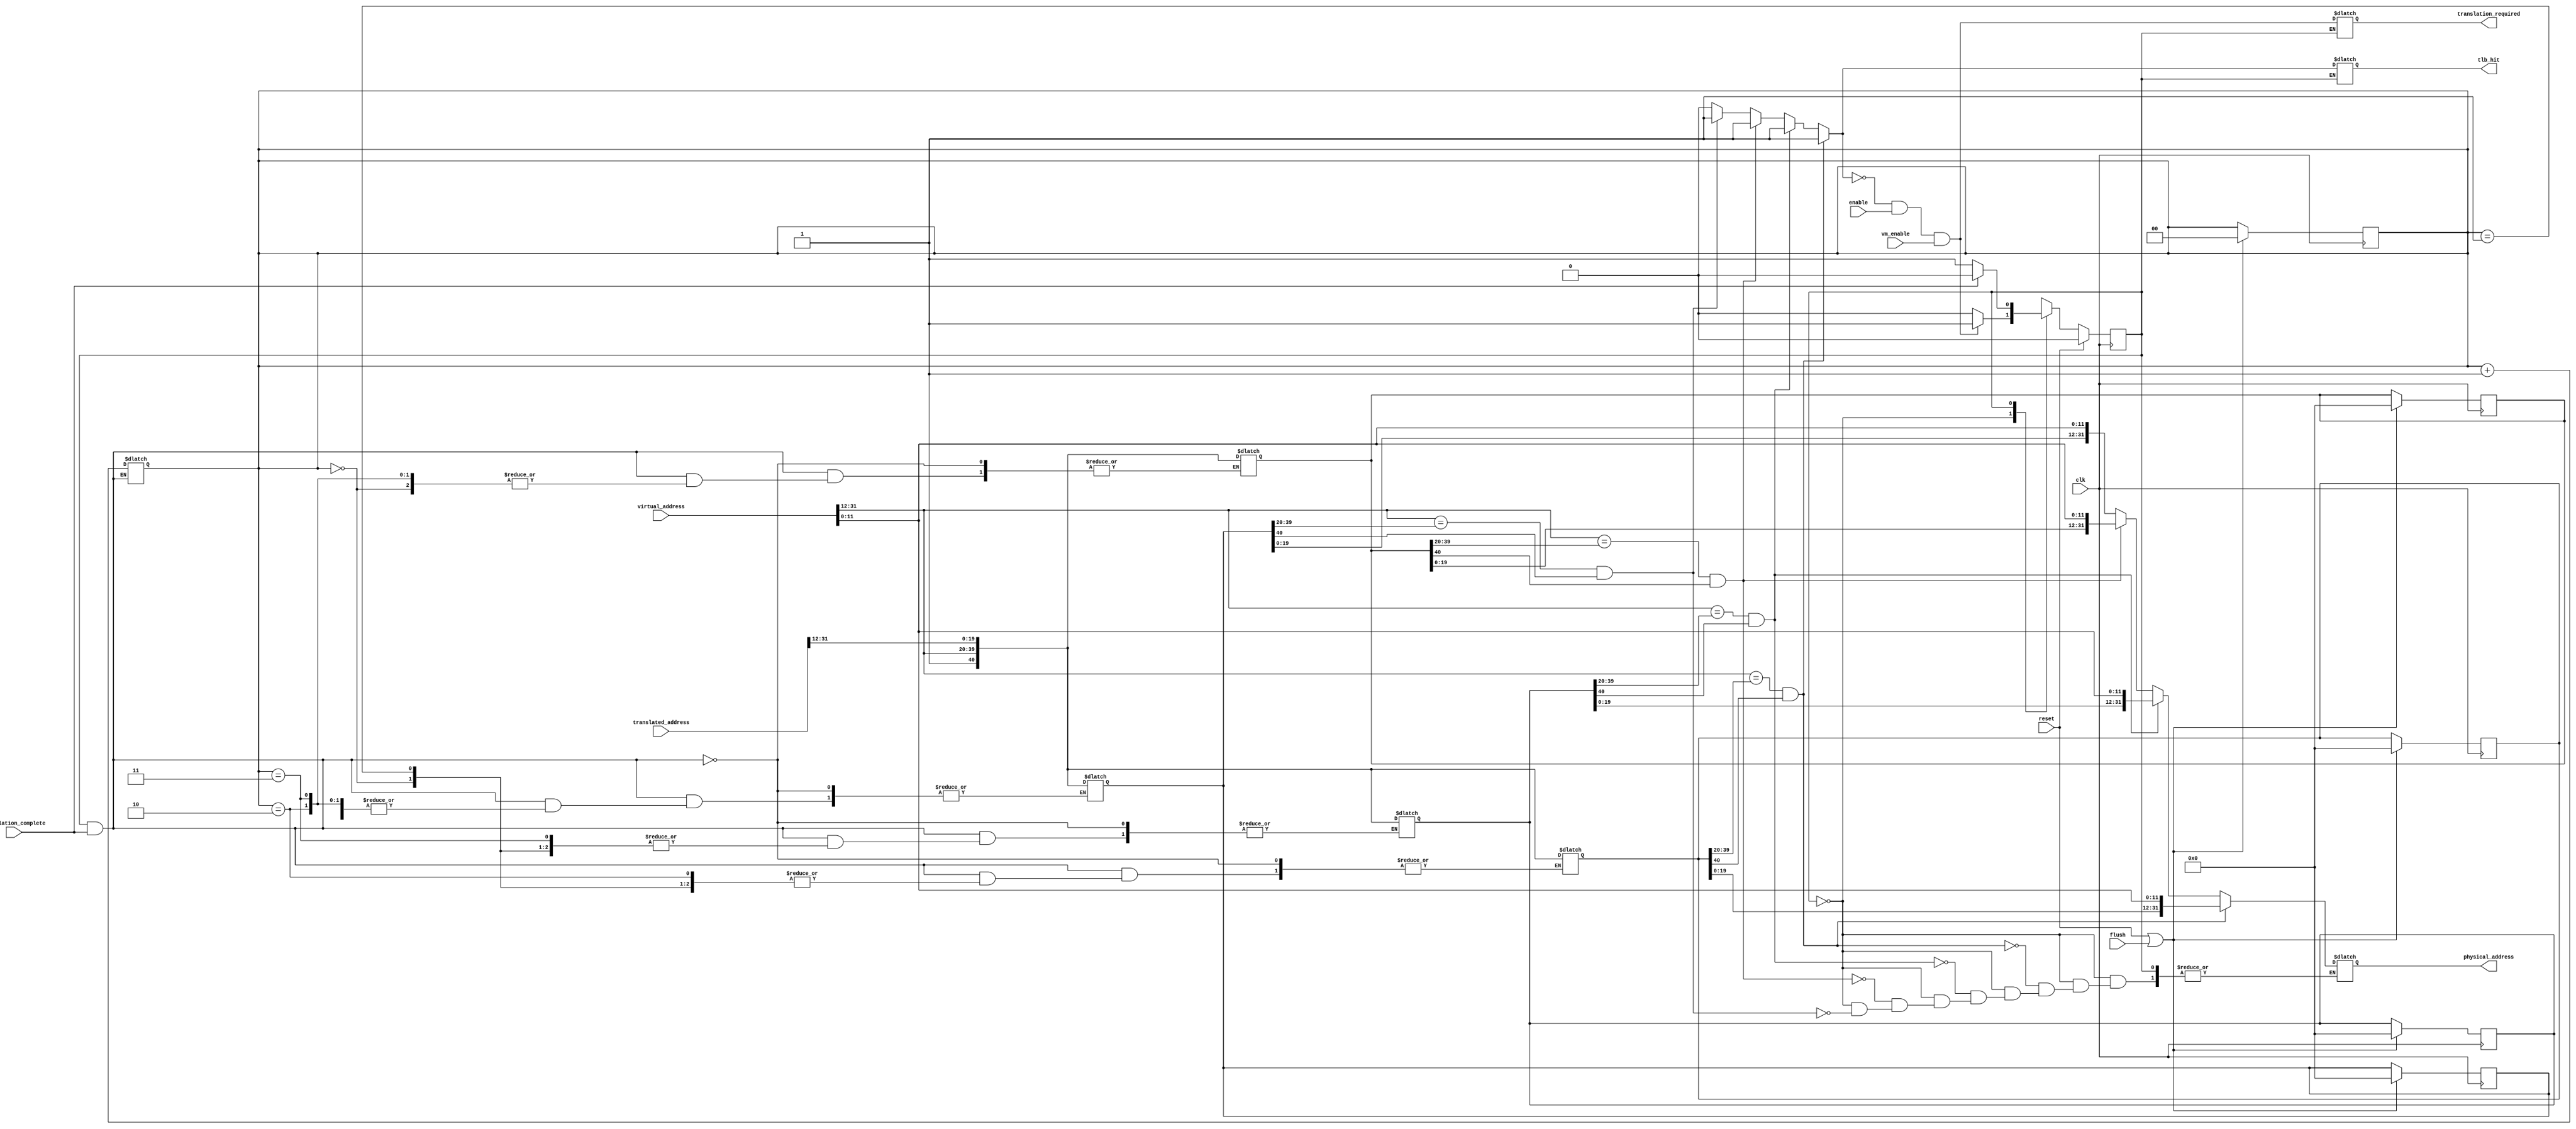
// This program was cloned from: https://github.com/qmn/riscv-invicta
// License: BSD 2-Clause "Simplified" License

/*
 * Copyright (c) 2013, Quan Nguyen
 * All rights reserved.
 * 
 * Redistribution and use in source and binary forms, with or without modification,
 * are permitted provided that the following conditions are met:
 * 
 *     Redistributions of source code must retain the above copyright notice, this
 * list of conditions and the following disclaimer.
 *     Redistributions in binary form must reproduce the above copyright notice,
 * this list of conditions and the following disclaimer in the documentation and/or
 * other materials provided with the distribution.
 * 
 * THIS SOFTWARE IS PROVIDED BY THE COPYRIGHT HOLDERS AND CONTRIBUTORS "AS IS" AND
 * ANY EXPRESS OR IMPLIED WARRANTIES, INCLUDING, BUT NOT LIMITED TO, THE IMPLIED
 * WARRANTIES OF MERCHANTABILITY AND FITNESS FOR A PARTICULAR PURPOSE ARE
 * DISCLAIMED. IN NO EVENT SHALL THE COPYRIGHT HOLDER OR CONTRIBUTORS BE LIABLE FOR
 * ANY DIRECT, INDIRECT, INCIDENTAL, SPECIAL, EXEMPLARY, OR CONSEQUENTIAL DAMAGES
 * (INCLUDING, BUT NOT LIMITED TO, PROCUREMENT OF SUBSTITUTE GOODS OR SERVICES;
 * LOSS OF USE, DATA, OR PROFITS; OR BUSINESS INTERRUPTION) HOWEVER CAUSED AND ON
 * ANY THEORY OF LIABILITY, WHETHER IN CONTRACT, STRICT LIABILITY, OR TORT
 * (INCLUDING NEGLIGENCE OR OTHERWISE) ARISING IN ANY WAY OUT OF THE USE OF THIS
 * SOFTWARE, EVEN IF ADVISED OF THE POSSIBILITY OF SUCH DAMAGE.
 */

module tlb (
	input clk,
	input reset,
	input flush,

	input vm_enable,
	input enable,
	input [31:0] virtual_address,
	output reg [31:0] physical_address,

	output reg tlb_hit,
	output reg translation_required,
	input [31:0] translated_address,
	input translation_complete
);

	localparam TLB_ENTRIES = 4;

	reg [1:0] entry; /* Next one to replace */
	reg [40:0] tlb [TLB_ENTRIES-1:0];

	integer i, j;

	always @ (posedge clk) begin
		if (reset || flush) begin
			for (j = 0; j < TLB_ENTRIES; j = j + 1) begin
				tlb[j] = 41'b0;
			end
			entry = 0;
		end
	end

	localparam S_CHECK = 0;
	localparam S_WAIT  = 1;

	reg state;
	reg next_state;

	always @ (posedge clk) begin
		if (reset)
			state <= S_CHECK;
		else
			state <= next_state;
	end

	always @ (*) begin
		case (state)
			S_CHECK: begin
				tlb_hit = 0;
				/* Check each TLB entry for a match */
				for (i = 0; i < TLB_ENTRIES; i = i + 1) begin
					if (virtual_address[31:12] == tlb[i][39:20] && tlb[i][40]) begin
						physical_address = {tlb[i][19:0], virtual_address[11:0]};
						tlb_hit = 1;
					end
				end

				translation_required = !tlb_hit && enable && vm_enable;
				next_state = !translation_required ? S_CHECK : S_WAIT;
			end

			S_WAIT:
				next_state = translation_complete ? S_CHECK : S_WAIT;

			default:
				next_state = S_CHECK;
		endcase
	end

	always @ (*) begin
		if (state == S_WAIT && translation_complete) begin
			tlb[entry] = {1'b1, virtual_address[31:12], translated_address[31:12]};
			entry = entry + 1;
		end
	end

endmodule